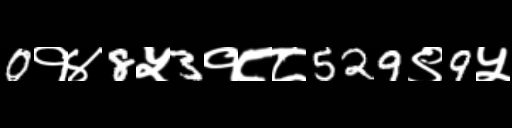
Text: 0१४8५3१८८529९9५